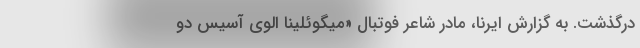
درگذشت. به گزارش ایرنا، مادر شاعر فوتبال «میگوئلینا اِلوی آسیس دو